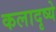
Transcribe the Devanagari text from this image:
कलादृष्ये